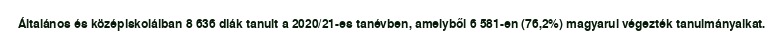
Általános és középiskoláiban 8 636 diák tanult a 2020/21-es tanévben, amelyből 6 581-en (76,2%) magyarul végezték tanulmányaikat.